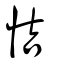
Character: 恄